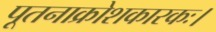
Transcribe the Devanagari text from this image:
पूतनाक्रोशकारकः।